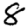
Digit: 8